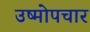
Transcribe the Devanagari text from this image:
उष्मोपचार